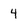
Character: 4